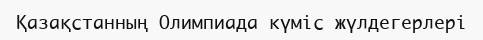
Қазақстанның Олимпиада күміс жүлдегерлері